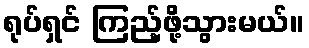
ရုပ်ရှင် ကြည့်ဖို့သွားမယ်။